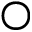
\bigcirc